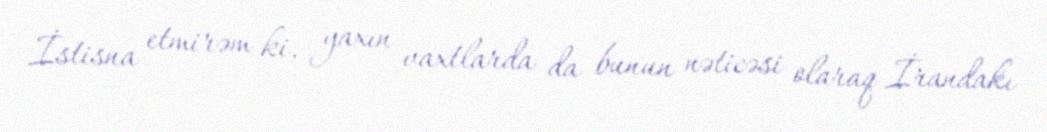
İstisna etmirəm ki, yaxın vaxtlarda da bunun nəticəsi olaraq İrandakı